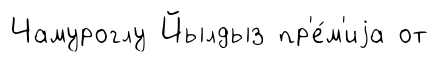
Чамуроглу Йылдыз пр'е́м'иjа от